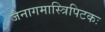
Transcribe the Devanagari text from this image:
जैनागमास्त्रिपिटकः